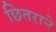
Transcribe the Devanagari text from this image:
छितराने